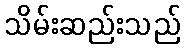
သိမ်းဆည်းသည်